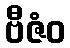
ဗီဇံဝ